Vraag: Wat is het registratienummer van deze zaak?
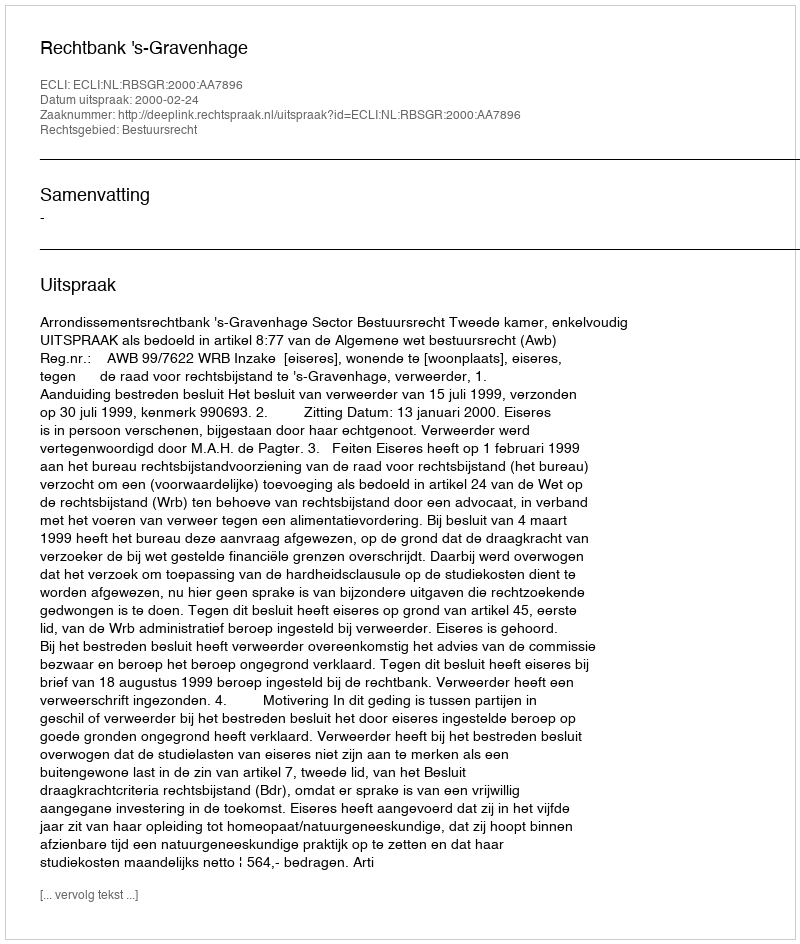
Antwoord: http://deeplink.rechtspraak.nl/uitspraak?id=ECLI:NL:RBSGR:2000:AA7896